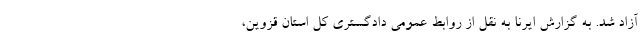
آزاد شد. به گزارش ایرنا به نقل از روابط عمومی دادگستری کل استان قزوین،